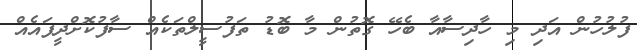
ފުލުހުން އަދި މި ހާދިސާއާ ބެހޭ ގޮތުން މާ ބޮޑު ތަފުސީލްތަކެއް ސާފުކޮށްދީފައެއް